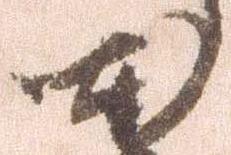
本